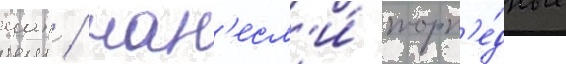
иап / нан'есл'и́ торп'е́дные